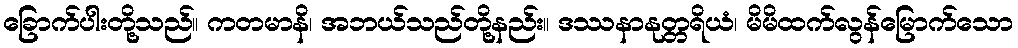
ခြောက်ပါးတို့သည်။ ကတမာနိ၊ အဘယ်သည်တို့နည်း။ ဒဿနာနုတ္တရိယံ၊ မိမိထက်လွန်မြောက်သော